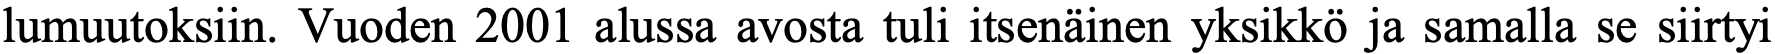
lumuutoksiin. Vuoden 2001 alussa avosta tuli itsenäinen yksikkö ja samalla se siirtyi